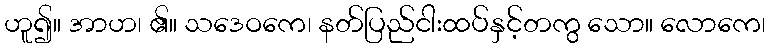
ဟူ၍။ အာဟ၊ ၏။ သဒေဝကေ၊ နတ်ပြည်ငါးထပ်နှင့်တကွ သော။ လောကေ၊